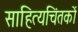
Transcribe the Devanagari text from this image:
साहित्यचिंतकों